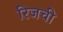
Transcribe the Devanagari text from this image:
रिजची